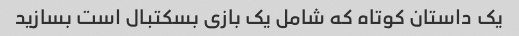
یک داستان کوتاه که شامل یک بازی بسکتبال است بسازید